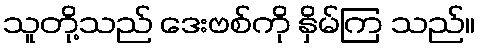
သူတို့သည် ဒေးဗစ်ကို နှိမ်ကြ သည်။